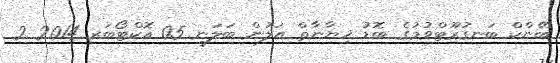
ބޭންކް ބަނގުރޫޓްވުމުގެ ބޮޑު ޚިޔާނާތް އަލުން ބަލަނީ 05 އޮކްޓޯބަރ 2014 2